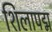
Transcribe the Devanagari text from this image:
शिलापद्म